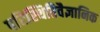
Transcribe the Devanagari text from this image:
परिस्थितिवैज्ञानिक